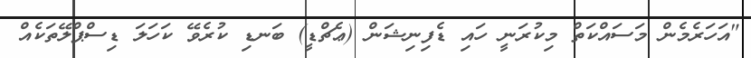
"އަހަރެމެން މަސައްކަތް މިކުރަނީ ހައި ޑެފިނިޝަން (ޢެޗްޑީ) ބަނޑި ކުރެވޭ ކަހަލަ ޑިސްޕްލޭތަކެއް